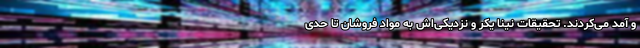
و آمد می‌کردند. تحقیقات نینا یکر و نزدیکی‌اش به مواد فروشان تا حدی